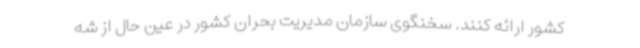
کشور ارائه کنند. سخنگوی سازمان مدیریت بحران کشور در عین حال از شه